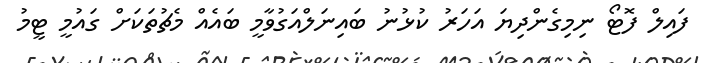
ފައިލް ފޮޓޯ ނިމިގެންދިޔަ އަހަރު ކުޅުނު ބައިނަލްއަގުވާމީ ބައެއް މެޗުތަކަށް ގައުމީ ޓީމު